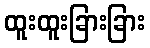
ထူးထူးခြားခြား